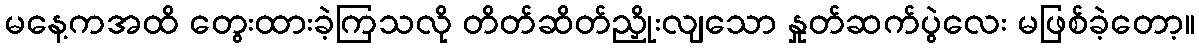
မနေ့ကအထိ တွေးထားခဲ့ကြသလို တိတ်ဆိတ်ညှိုးလျသော နှုတ်ဆက်ပွဲလေး မဖြစ်ခဲ့တော့။